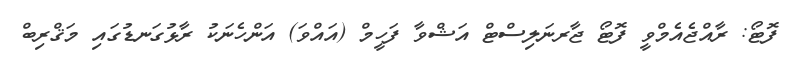
ފޮޓޯ: ރާއްޖެއެމްވީ ފޮޓޯ ޖާރނަލިސްޓް އަޝްވާ ފަހީމް (އައްވަ) އަންހެނަކު ރާޅުގަނޑުގައި މަޤްރިބް